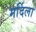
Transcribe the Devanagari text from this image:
मर्दिला